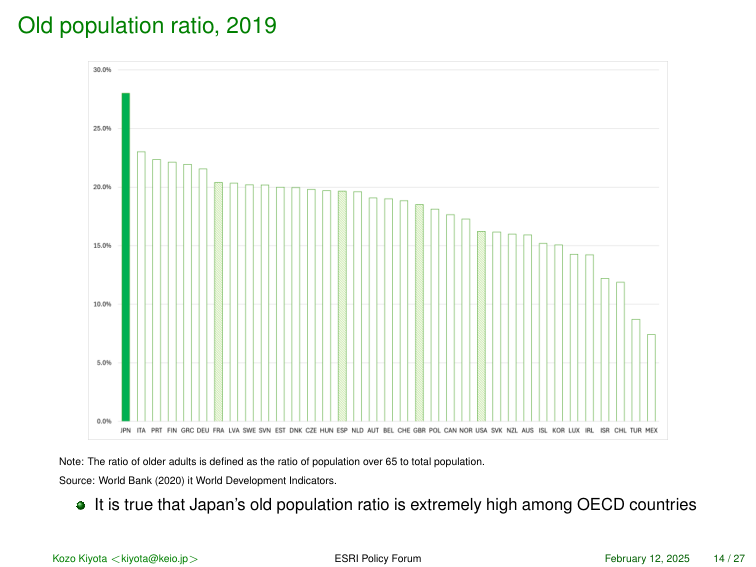
Old population ratio, 2019

30.0%
25.0%
20.0%
15.0%
10.0%
5.0%
0.0%

JPN ITA PRT FIN GRC DEU FRA LVA SWE SVN EST DNK CZE HUN ESP NLD AUT BEL CHE GBR POL CAN NOR USA SVK NZL AUS ISL KOR LUX IRL ISR CHL TUR MEX

Note: The ratio of older adults is defined as the ratio of population over 65 to total population.
Source: World Bank (2020) it World Development Indicators.

• It is true that Japan's old population ratio is extremely high among OECD countries

Kozo Kiyota <kiyota@keio.jp> ESRI Policy Forum February 12, 2025 14 / 27